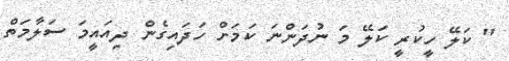
" ކަލޭ ހީކުރީ ކަލޭ މަ ނުދަންނަ ކަމަށް ހަދައިގެން ދިއައީމަ ސަލާމަތް